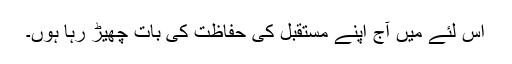
اس لئے میں آج اپنے مستقبل کی حفاظت کی بات چھیڑ رہا ہوں۔